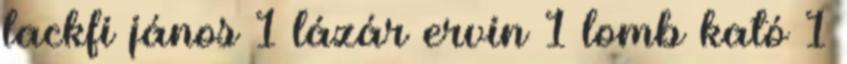
lackfi jános 1 lázár ervin 1 lomb kató 1